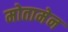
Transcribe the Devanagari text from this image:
मोतामेन